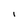
Character: 1